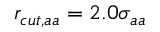
r _ { c u t , a a } = 2 . 0 \sigma _ { a a }